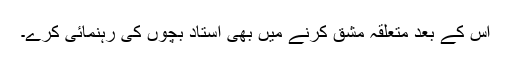
اس کے بعد متعلقہ مشق کرنے میں بھی استاد بچوں کی رہنمائی کرے۔